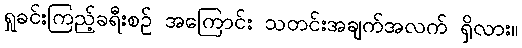
ရှုခင်းကြည့်ခရီးစဉ် အကြောင်း သတင်းအချက်အလက် ရှိလား။